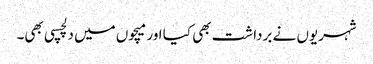
شہریوں نے برداشت بھی کیا اور میچوں میں دلچسپی بھی۔